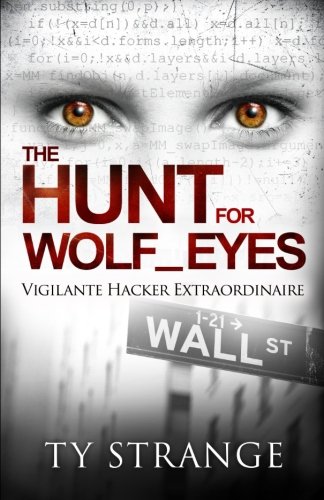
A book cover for The Hunt for Wolf_Eyes: Vigilante Hacker Extraordinaire; Ty Strange; Mystery, Thriller & Suspense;